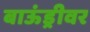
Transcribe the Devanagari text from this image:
बाऊंड्रीवर